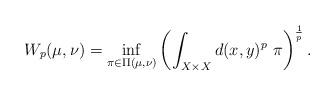
LaTeX: \begin{align*} W_p(\mu,\nu) = \inf_{\pi\in\Pi(\mu,\nu)}\left(\int_{X\times X} d(x,y)^p\ \pi\right)^{\frac 1p}. \end{align*}